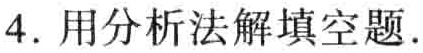
4. 用分析法解填空题.